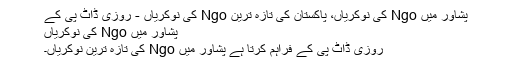
پشاور میں Ngo کی نوکریاں، پاکستان کی تازہ ترین Ngo کی نوکریاں - روزی ڈاٹ پی کے
پشاور میں Ngo کی نوکریاں
روزی ڈاٹ پی کے فراہم کرتا ہے پشاور میں Ngo کی تازہ ترین نوکریاں۔